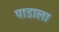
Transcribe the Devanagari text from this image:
पाडाला